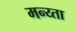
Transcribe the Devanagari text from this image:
मन्य्ता